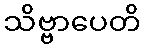
သိဗ္ဗာပေတိ